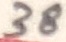
Text: 38